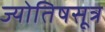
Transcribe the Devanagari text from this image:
ज्योतिषसूत्र